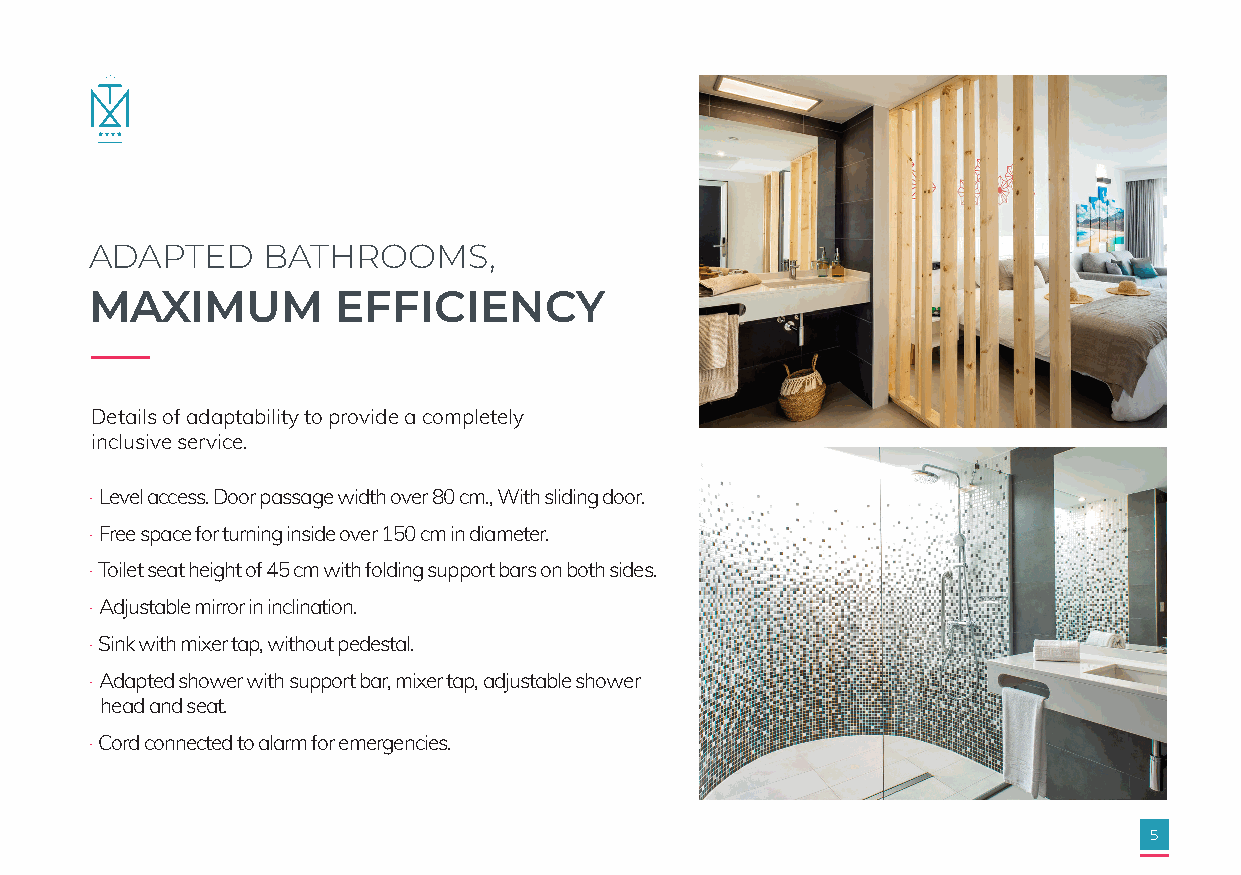
ADAPTED    BATHROOMS,
 MAXIMUM         EFFICIENCY
 Details of adaptability to provide a completely
 inclusive service.
 · Level access. Door passage width over 80 cm., With sliding door.
 · Free space for turning inside over 150 cm in diameter.
 · Toilet seat height of 45 cm with folding support bars on both sides.
 · Adjustable mirror in inclination.
 · Sink with mixer tap, without pedestal.
 · Adapted shower with support bar, mixer tap, adjustable shower
 head and seat.
 · Cord connected to alarm for emergencies.
 5